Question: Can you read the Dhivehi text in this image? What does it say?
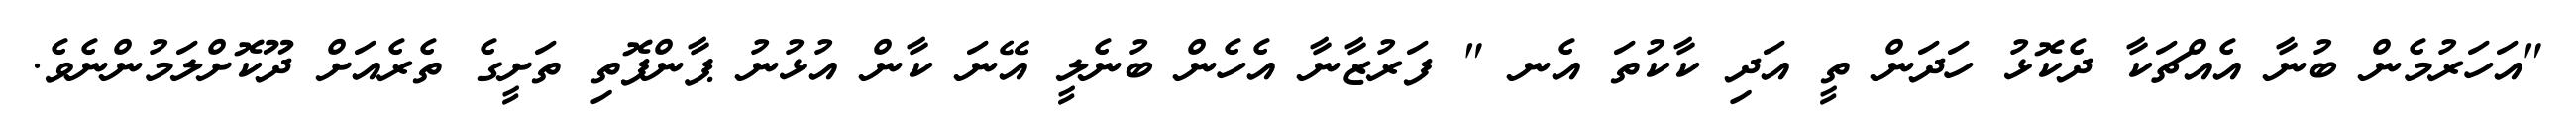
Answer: "އަހަރުމެން ބުނާ އެއްޗަކާ ދެކޮޅު ހަދަން ތީ އަދި ކާކުތަ އެނ " ފަރުޒާނާ އެހެން ބުނެލީ އޭނަ ކާން އުޅުނު ޕާންފޮތި ތަށީގެ ތެރެއަށް ދޫކޮށްލަމުންނެވެ.